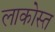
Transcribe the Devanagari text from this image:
लाकोस्त